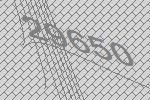
29650